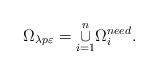
LaTeX: \begin{align*}\Omega _{\lambda p\varepsilon }=\overset{n}{\underset{i=1}{\cup }}\Omega_{i}^{need} . \end{align*}